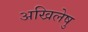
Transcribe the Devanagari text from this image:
अखिलेषु